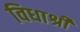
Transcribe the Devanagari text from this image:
विधाश्री